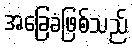
အခြေခံဖြစ်သည်